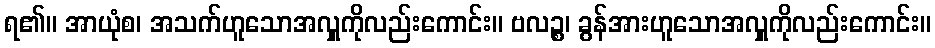
ရ၏။ အာယုံစ၊ အသက်ဟူသောအလှူကိုလည်းကောင်း။ ဗလဉ္စ၊ ခွန်အားဟူသောအလှူကိုလည်းကောင်း။